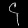
Digit: ၄